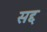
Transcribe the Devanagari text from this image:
सद्द